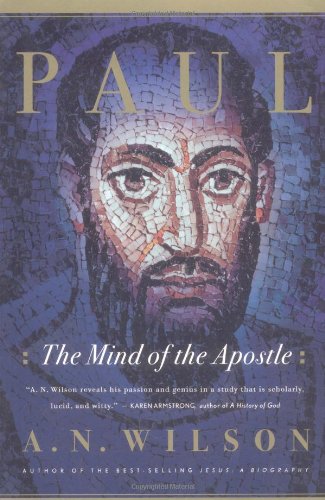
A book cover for Paul: The Mind of the Apostle; A. N. Wilson; Christian Books & Bibles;